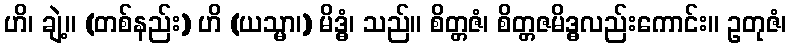
ဟိ၊ ချဲ့။ (တစ်နည်း) ဟိ (ယသ္မာ၊) မိဒ္ဓံ၊ သည်။ စိတ္တဇံ၊ စိတ္တဇမိဒ္ဓလည်းကောင်း။ ဥတုဇံ၊